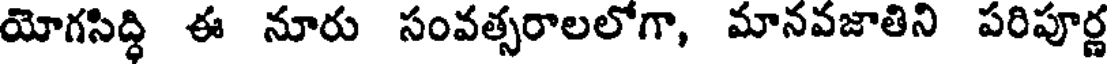
యోగసిద్ధి ఈ నూరు సంవత్సరాలలోగా, మానవజాతిని పరిపూర్ణ